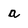
Character: a